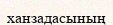
ханзадасының